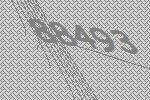
88493